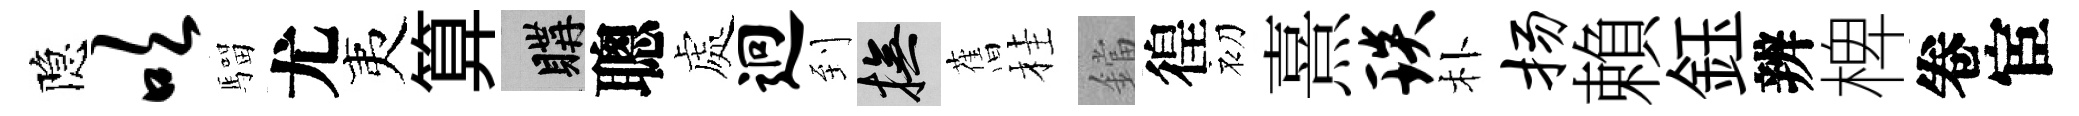
隐吹騮尤夷算購聰處迥到撫𦾔桂鐺徨初熹琰朴扬賴鈺辨椑卷宦